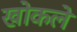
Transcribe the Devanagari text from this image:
खोकले